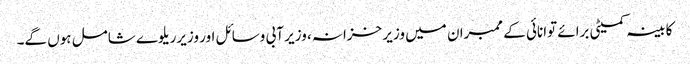
کابینہ کمیٹی برائے توانائی کے ممبران میں وزیر خزانہ، وزیر آبی وسائل اور وزیرریلوے شامل ہوں گے۔